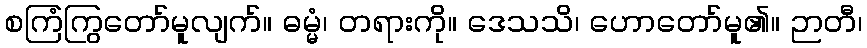
စကြံကြွတော်မူလျက်။ ဓမ္မံ၊ တရားကို။ ဒေသသိ၊ ဟောတော်မူ၏။ ဉာတီ၊